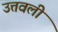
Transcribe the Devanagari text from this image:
उत्तवली